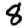
Digit: 8